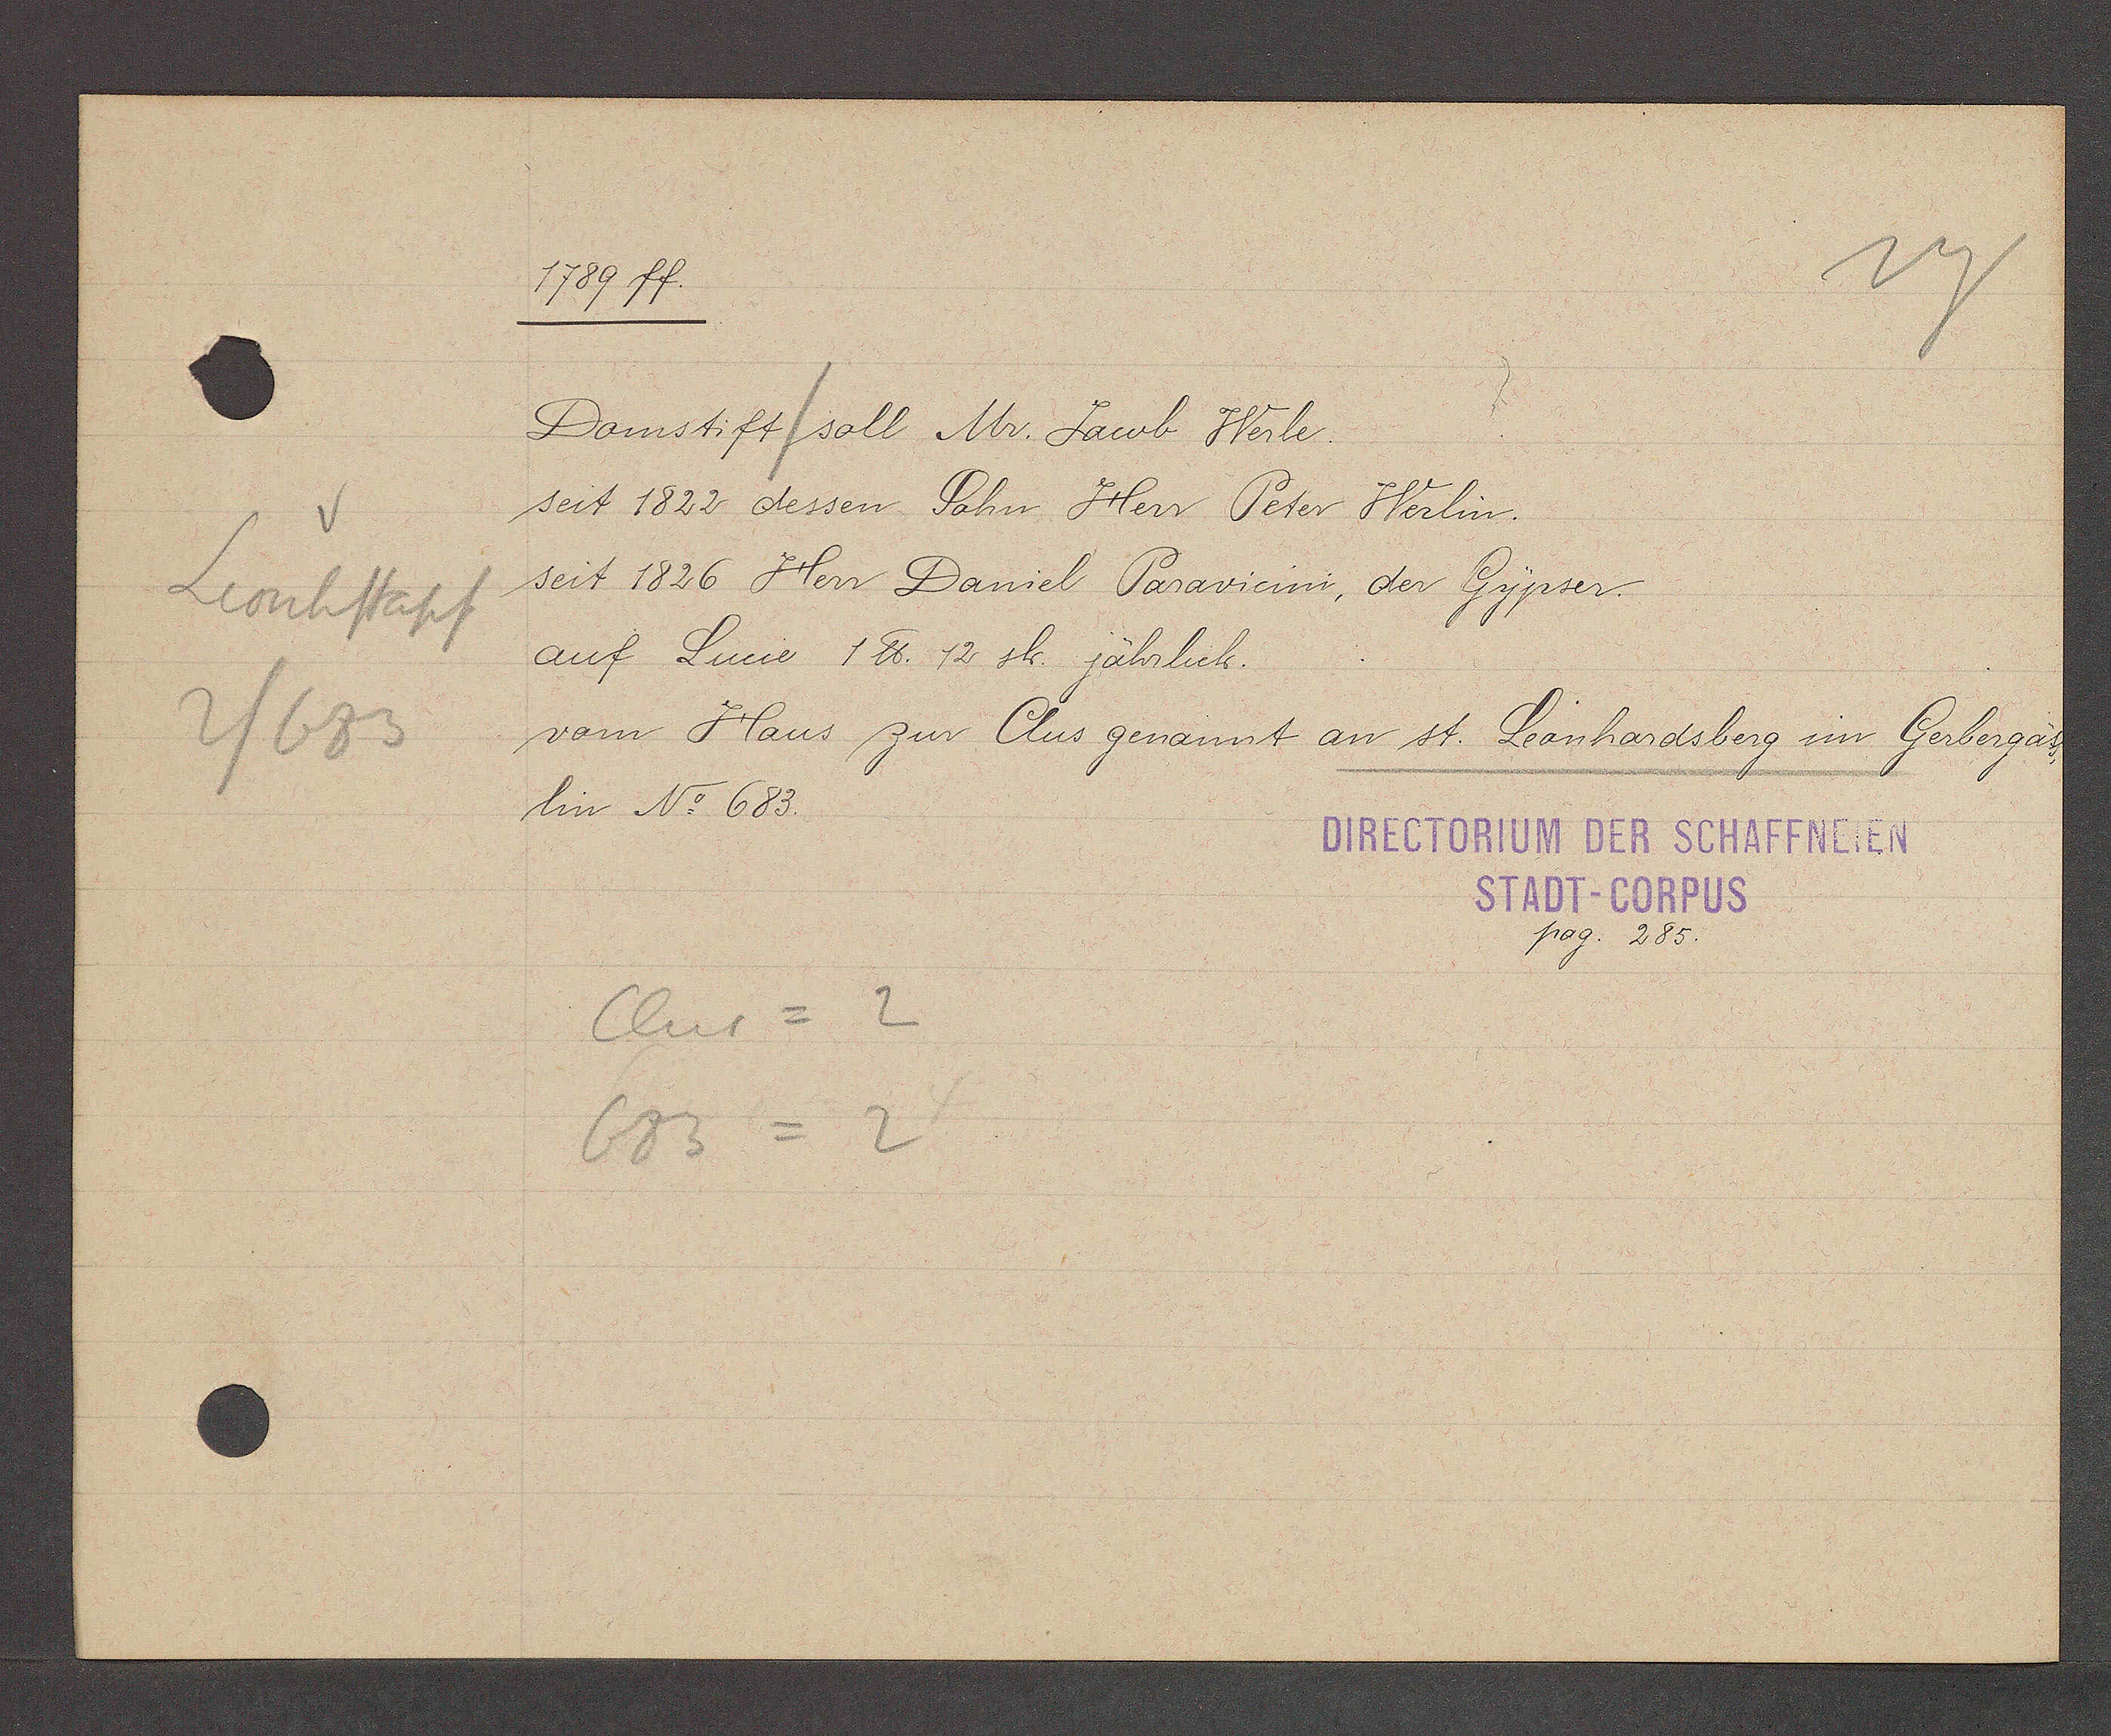
Transcript:
Leonhstapf
2/683

1789 ff.

Domstift soll Mr. Jacob Werle.
seit 1822 dessen Sohn Herr Peter Werlin.
seit 1826 Herr Daniel Paravicini, der Gypser.
auf Lucie 1 ℔. 12 sh. jährlich.
vom Haus zur Clus genannt an st. Leonhardsberg im Gerbergäss¬
lin No 683.

Clus = 2
683= 2

DIRECTORIUM DER SCHAFFNEIEN
STADT-CORPUS
pag. 285.